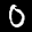
Label: 0